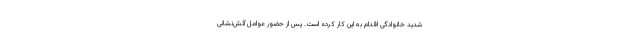
شدید خانوادگی اقدام به این کار کرده است. پس از حضور عوامل آتش‌نشانی